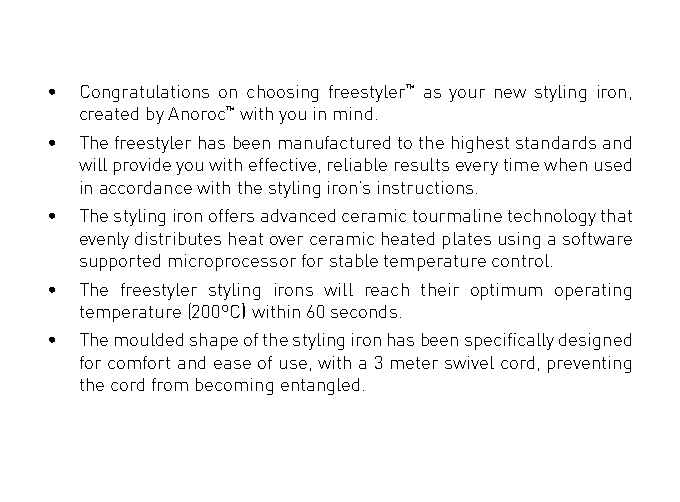
• Congratulations on choosing freestyler™ as your new styling iron,
 created by Anoroc™ with you in mind.
 • The freestyler has been manufactured to the highest standards and
 will provide you with effective, reliable results every time when used
 in accordance with the styling iron’s instructions.
 • The styling iron offers advanced ceramic tourmaline technology that
 evenly distributes heat over ceramic heated plates using a software
 supported microprocessor for stable temperature control.
 • The freestyler styling irons will reach their optimum operating
 temperature (200ºC) within 60 seconds.
 • The moulded shape of the styling iron has been specifically designed
 for comfort and ease of use, with a 3 meter swivel cord, preventing
 the cord from becoming entangled.